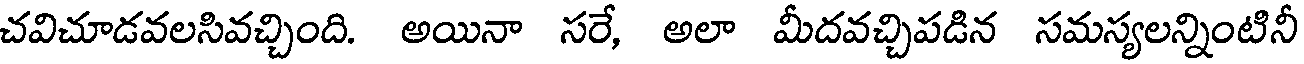
చవిచూడవలసివచ్చింది. అయినా సరే, అలా మీదవచ్చిపడిన సమస్యలన్నింటినీ